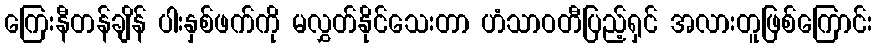
ကြေးနီတန်ချိန် ပါးနှစ်ဖက်ကို မလွှတ်နိုင်သေးတာ ဟံသာဝတီပြည့်ရှင် အလားတူဖြစ်ကြောင်း